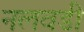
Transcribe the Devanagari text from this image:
नलवडी